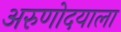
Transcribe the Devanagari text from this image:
अरुणोदयाला